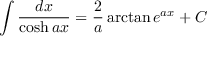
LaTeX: \int { \frac { d x } { \cosh a x } } = { \frac { 2 } { a } } \arctan e ^ { a x } + C